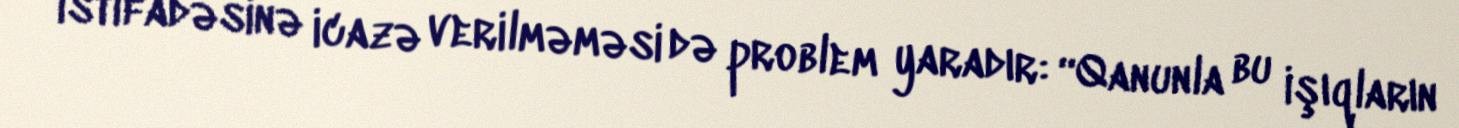
istifadəsinə icazə verilməməsi də problem yaradır: “Qanunla bu işıqların